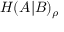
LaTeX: H ( A | B ) _ { \rho }